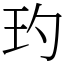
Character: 玓